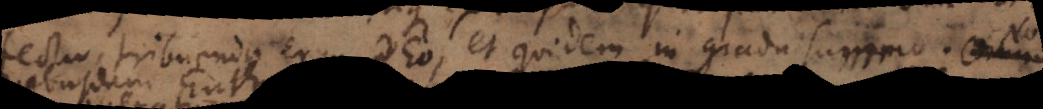
perfectio, tribuenda ergo Deo et quidem in gradu summo; non